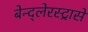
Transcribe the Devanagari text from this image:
बेन्द्लेरस्ट्रासे